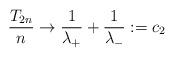
LaTeX: \begin{align*}\frac{T_{2n}}{n} \stackrel{}\to \frac{1}{\lambda_+} + \frac{1}{\lambda_-} := c_2\end{align*}